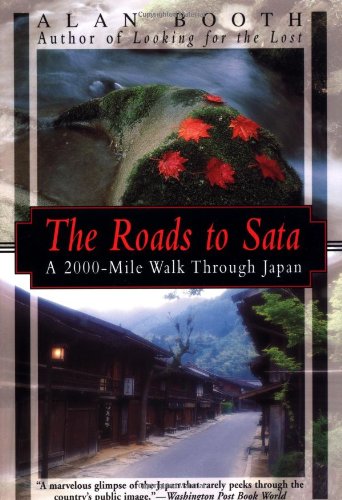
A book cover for The Roads to Sata: A 2000-Mile Walk Through Japan; Alan Booth; Travel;